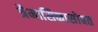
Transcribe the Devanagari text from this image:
त्रैमासिकासोबत